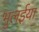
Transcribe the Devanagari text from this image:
भुलईया